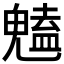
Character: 𮫥